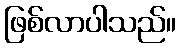
ဖြစ်လာပါသည်။